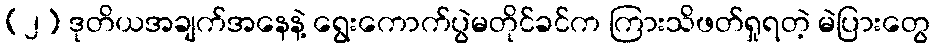
(၂) ဒုတိယအချက်အနေနဲ့ ရွေးကောက်ပွဲမတိုင်ခင်က ကြားသိဖတ်ရှုရတဲ့ မဲပြားတွေ